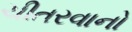
ચીતરવાનો